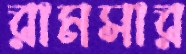
রামসার